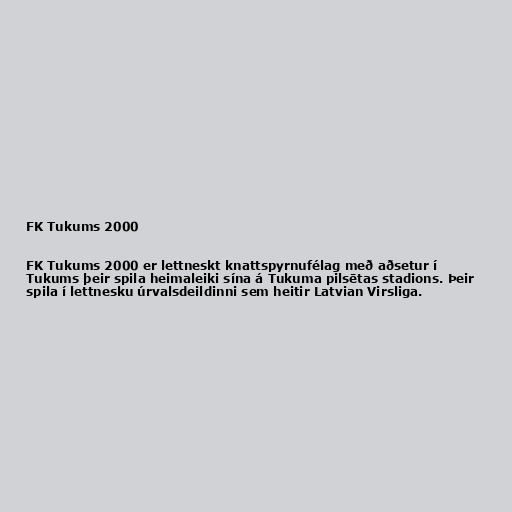
FK Tukums 2000

FK Tukums 2000 er lettneskt knattspyrnufélag með aðsetur í
Tukums þeir spila heimaleiki sína á Tukuma pilsētas stadions. Þeir
spila í lettnesku úrvalsdeildinni sem heitir Latvian Virsliga.